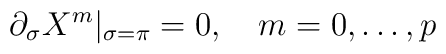
\partial_\sigma X^m|_{\sigma = \pi} = 0,\quad m = 0, \ldots, p